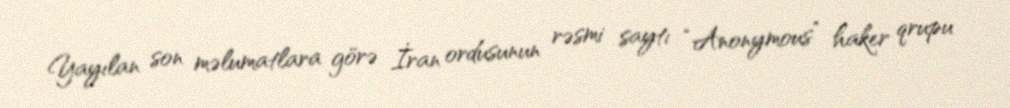
Yayılan son məlumatlara görə İran ordusunun rəsmi saytı “Anonymous” haker qrupu